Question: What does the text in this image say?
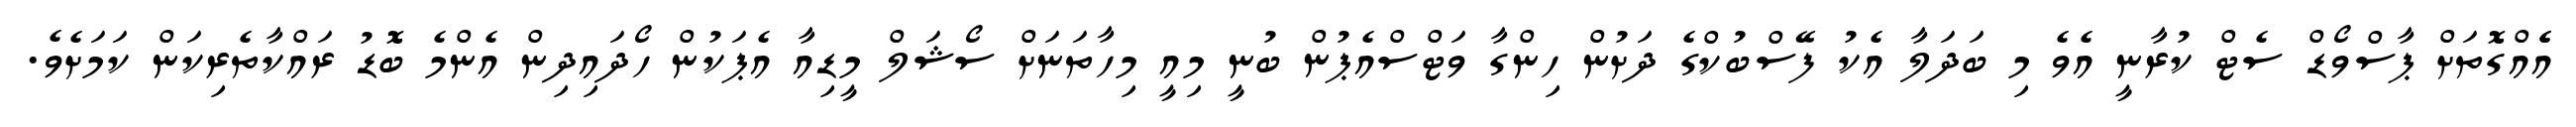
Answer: އެެއްގޮތަށް ޕާސްވޯޑް ސެޓް ކުރާނީ އެވެ މި ބަދަލާ އެކު ފޭސްބުކްގެ ދަށުން ހިންގާ ވަޓްސްއެޕުން ބުނީ މިއީ މިހާތަނަށް ސޯޝަލް މީޑިއާ އެޕަކުން ހޯދައިދިން އެންމެ ބޮޑު ރައްކާތެރިކަން ކަމަށެވެ.